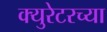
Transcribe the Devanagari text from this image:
क्युरेटरच्या